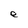
Character: e